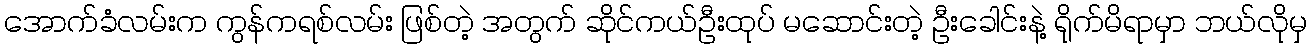
အောက်ခံလမ်းက ကွန်ကရစ်လမ်း ဖြစ်တဲ့ အတွက် ဆိုင်ကယ်ဦးထုပ် မဆောင်းတဲ့ ဦးခေါင်းနဲ့ ရိုက်မိရာမှာ ဘယ်လိုမှ